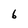
Character: 6